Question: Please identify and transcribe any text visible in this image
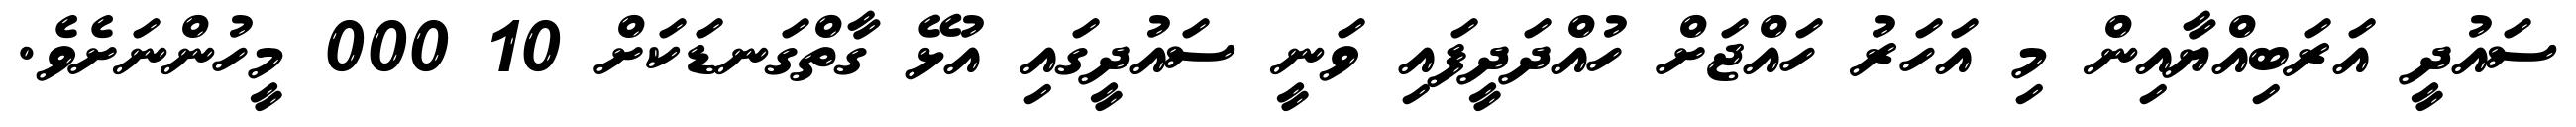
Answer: ސައުދީ އަރަބިއްޔާއިން މި އަހަރު ހައްޖަށް ހުއްދަދީފައި ވަނީ ސައުދީގައި އުޅޭ ގާތްގަނޑަކަށް 10 000 މީހުންނަށެވެ.